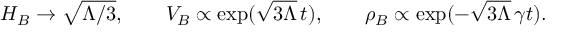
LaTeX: H _ { B } \to \sqrt { \Lambda / 3 } , \qquad V _ { B } \propto \exp ( \sqrt { 3 \Lambda } \, t ) , \qquad \rho _ { B } \propto \exp ( - \sqrt { 3 \Lambda } \, \gamma t ) .